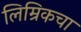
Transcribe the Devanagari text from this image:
लिम्रिकचा